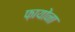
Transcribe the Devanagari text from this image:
फ़ायोना